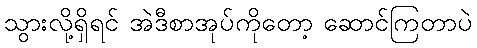
သွားလို့ရှိရင် အဲဒီစာအုပ်ကိုတော့ ဆောင်ကြတာပဲ